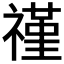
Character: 𬓑